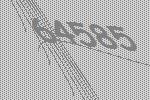
64585